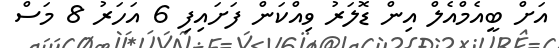
އަށް ބީއެމްއެލް އިން ޑޮލަރު ވިއްކަން ފަށައިފި 6 އަހަރު 8 މަސް